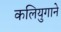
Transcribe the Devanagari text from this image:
कलियुगाने